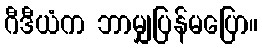
ဂီဒီယံက ဘာမျှပြန်မပြော။